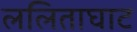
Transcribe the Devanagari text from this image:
ललिताघाट